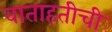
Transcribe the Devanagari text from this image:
वाताहतीची